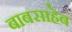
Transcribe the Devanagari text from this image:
बाबसाहेब